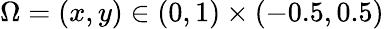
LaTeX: \Omega=(x,y)\in(0,1)\times(-0.5,0.5)